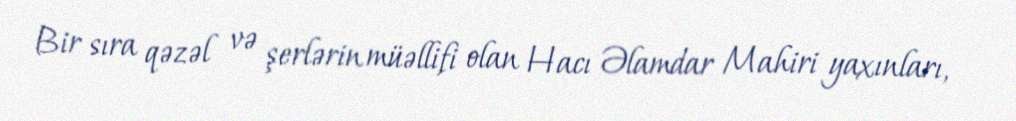
Bir sıra qəzəl və şerlərin müəllifi olan Hacı Əlamdar Mahiri yaxınları,